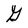
Character: G